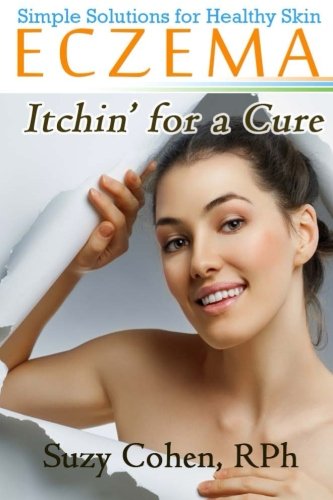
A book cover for Eczema Itchin' for a Cure; Suzy Cohen; Health, Fitness & Dieting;